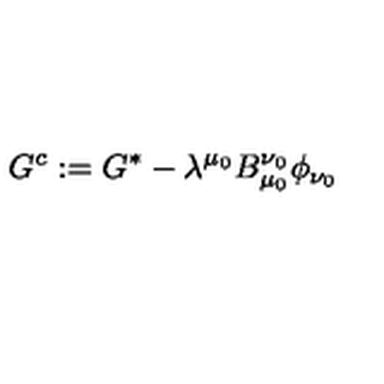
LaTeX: G ^ { c } : = G ^ { * } - \lambda ^ { \mu _ { 0 } } B _ { \mu _ { 0 } } ^ { \nu _ { 0 } } \phi _ { \nu _ { 0 } }